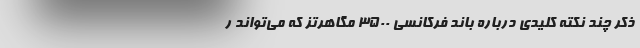
ذکر چند نکته کلیدی درباره باند فرکانسی 3500 مگاهرتز که می‌تواند ر